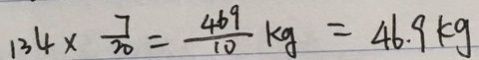
1 3 4 \times \frac { 7 } { 2 0 } = \frac { 4 6 9 } { 1 0 } k g = 4 6 . 9 k g